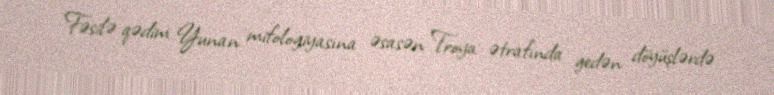
Fəsilə qədim Yunan mifologiyasına əsasən Troya ətrafında gedən döyüşlərdə